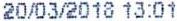
20/03/2018 13:01